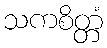
သကစိတ္တံ